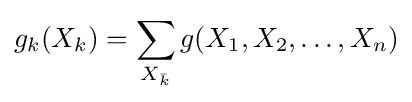
g_{k}(X_{k})=\sum _{X_{\bar {k}}}g(X_{1},X_{2},\dots ,X_{n})